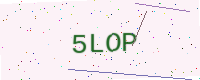
Text: 5LOP